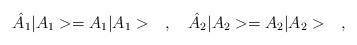
LaTeX: \begin{align*}\hat{A}_1|A_1>=A_1|A_1>\ \ \ ,\ \ \ \hat{A}_2|A_2>=A_2|A_2>\ \ \ ,\end{align*}